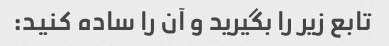
تابع زیر را بگیرید و آن را ساده کنید: